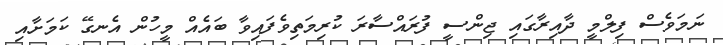
ނަމަވެސް ފިލްމީ ދާއިރާގައި ޖިންސީ ފުރައްސާރަ ކުރިމަތިވެފައިވާ ބައެއް މީހުން އެނގޭ ކަމަށާއި